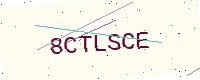
Text: 8CTLSCE